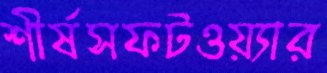
শীর্ষসফটওয়্যার